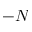
- N